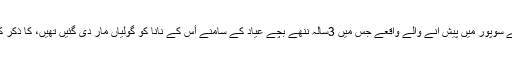
دیا مرزا نے مقبوضہ کشمیر کے ضلع بارہ مولہ میں ماڈل ٹائون کے علاقے سوپور میں پیش آنے والے واقعے جس میں 3سالہ ننھے بچے عیاد کے سامنے اٴْس کے نانا کو گولیاں مار دی گئیں تھیں، کا ذکر کرتے ہوئے لکھا کہ کوئی بھی بچہ اس دٴْکھ اور بربریت کو نہیں سہہ سکتا۔